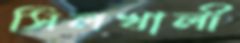
সিলখালী